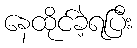
နေထိုင်ခဲ့ရပြီး